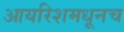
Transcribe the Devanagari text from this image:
आयरिशमधूनच